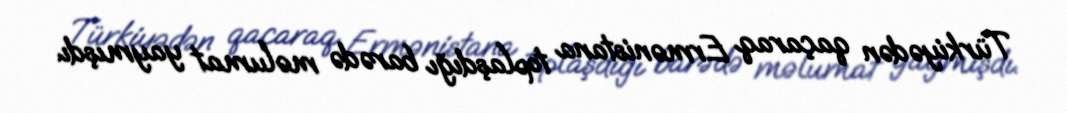
Türkiyədən qaçaraq Ermənistana toplaşdığı barədə məlumat yaymışdı.